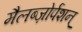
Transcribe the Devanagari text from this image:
मैलब्ज़ोर्पशन्